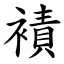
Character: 襀